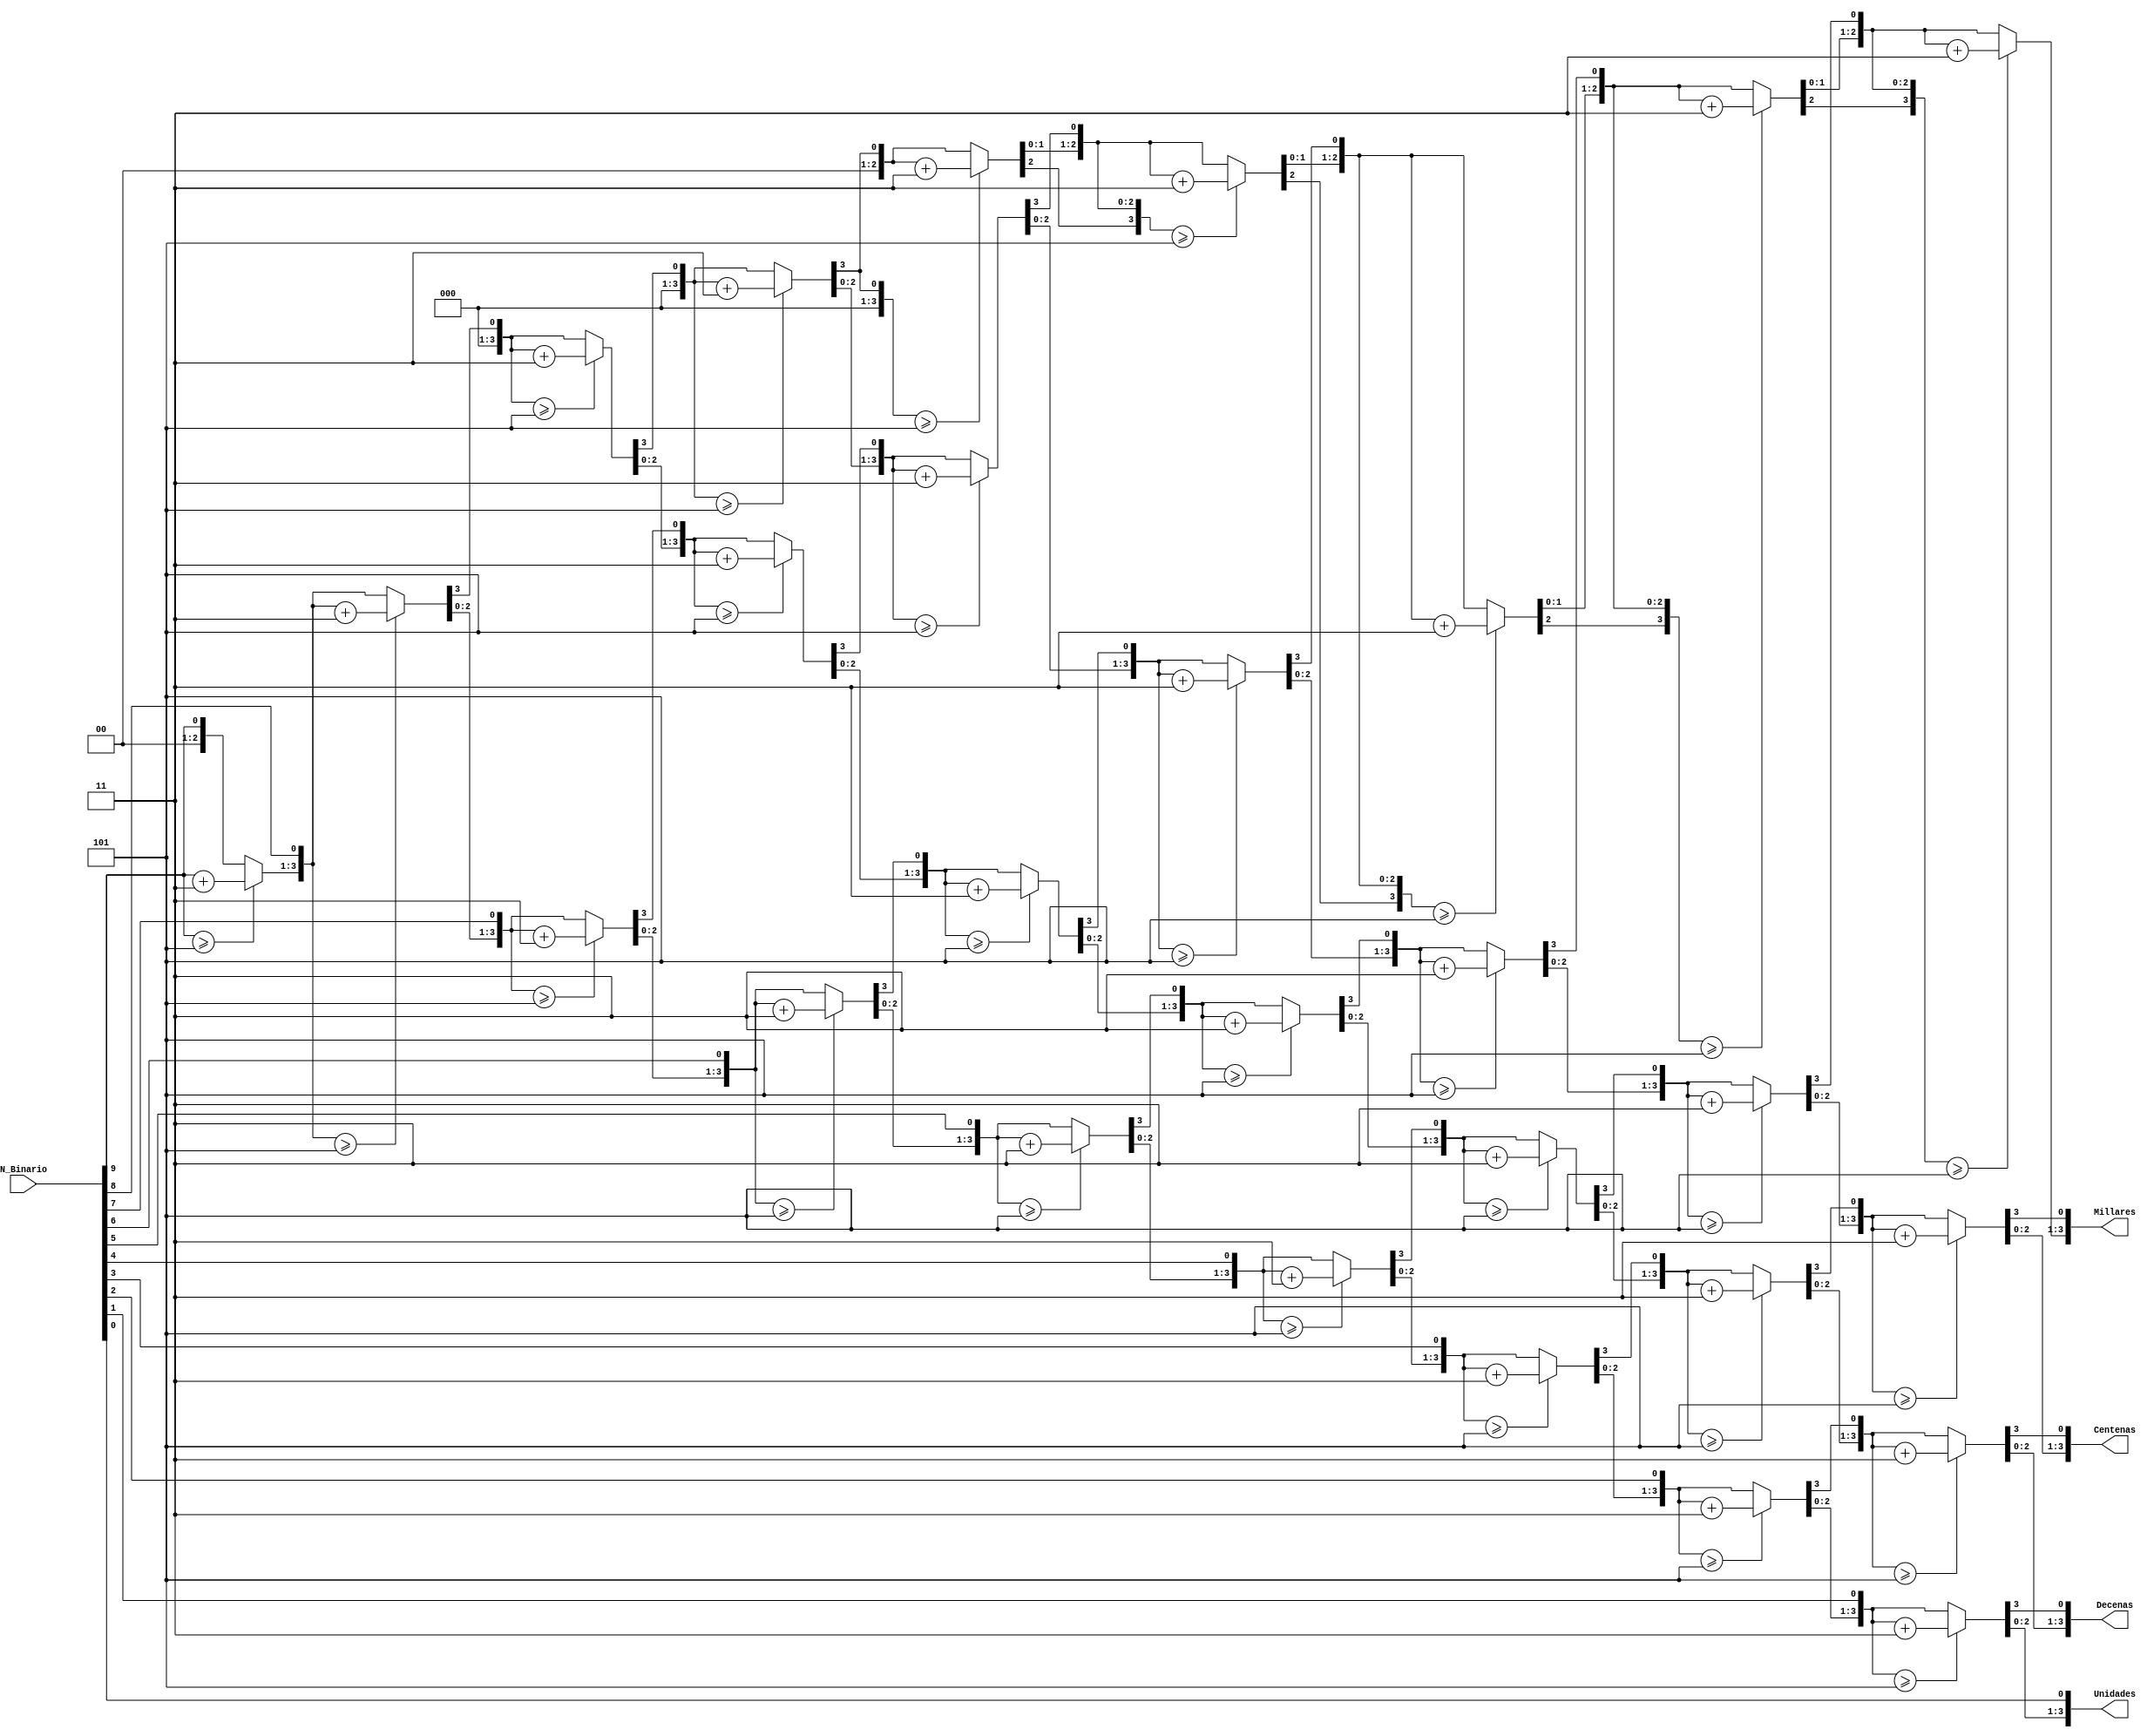
`timescale 1ns / 1ps
//////////////////////////////////////////////////////////////////////////////////
// Company: 
// Engineer: 
// 
// Design Name: 
// Module Name:    Convertidor_Binario_BCD 
// Project Name: 
// Target Devices: 
// Tool versions: 
// Description: 
//
// Dependencies: 
// 
// Revision: 
// Revision 0.01 - File Created
// Additional Comments:   
//
//////////////////////////////////////////////////////////////////////////////////

module Convertidor_Binario_BCD(
   input  [9:0] N_Binario,
   output reg [3:0] Millares,
	output reg [3:0] Centenas,
   output reg [3:0] Decenas,
   output reg [3:0] Unidades
   );
   // Se crea un registro interno para alli ejecutar el algoritmo
   reg [25:0] shiftreg;
   integer i;
   
   always @(N_Binario)
   begin
      
      shiftreg[25:0] = 0; 
      shiftreg[9:0] = N_Binario;
      
      // Se hace un ciclo for para ejecutar el algoritmo las veces necesarias hasta obtener el numero en BCD
      for (i=0; i<=9; i=i+1) // Se ejecuta el algoritmo 10 veces por el numero binario ingresado es de 10 bits
		begin
         if (shiftreg[25:22] >= 5) //SE REVISAN LOS MILLARES
            shiftreg[25:22] = shiftreg[25:22] + 2'd3; // Aqui es donde se suma 3
            
         if (shiftreg[21:18] >= 5) //SE REVISAN LAS CENTENAS
            shiftreg[21:18] = shiftreg[21:18] + 2'd3;
            
         if (shiftreg[17:14] >= 5)//SE REVISAN LAS DECENAS
            shiftreg[17:14] = shiftreg[17:14] + 2'd3; 
				
			if (shiftreg[13:10] >= 5)// SE REVISAN LAS UNIDADES
            shiftreg[13:10] = shiftreg[13:10] + 2'd3;
		   
		  // Se hace el corrimiento correspondiente hacia la izquierda
         shiftreg = shiftreg << 1;  
      end 
      
      // Cuando el ciclo termine ya se tendran en el registro el numero en BCD.
      Millares = shiftreg[25:22];
   	Centenas = shiftreg[21:18];
      Decenas  = shiftreg[17:14];
      Unidades  = shiftreg[13:10];
   end
endmodule